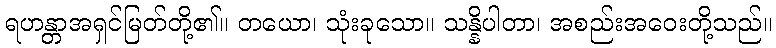
ရဟန္တာအရှင်မြတ်တို့၏။ တယော၊ သုံးခုသော။ သန္နိပါတာ၊ အစည်းအဝေးတို့သည်။